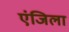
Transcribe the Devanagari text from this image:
एंजिला